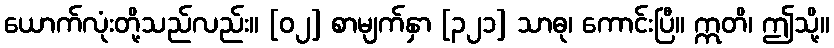
ယောက်လုံးတို့သည်လည်း။ [၀၂] စာမျက်နှာ [၃၂၁] သာဓု၊ ကောင်းပြီ။ ဣတိ၊ ဤသို့။